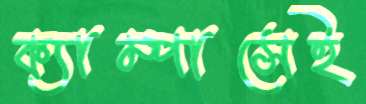
ক্যাম্পাসেই